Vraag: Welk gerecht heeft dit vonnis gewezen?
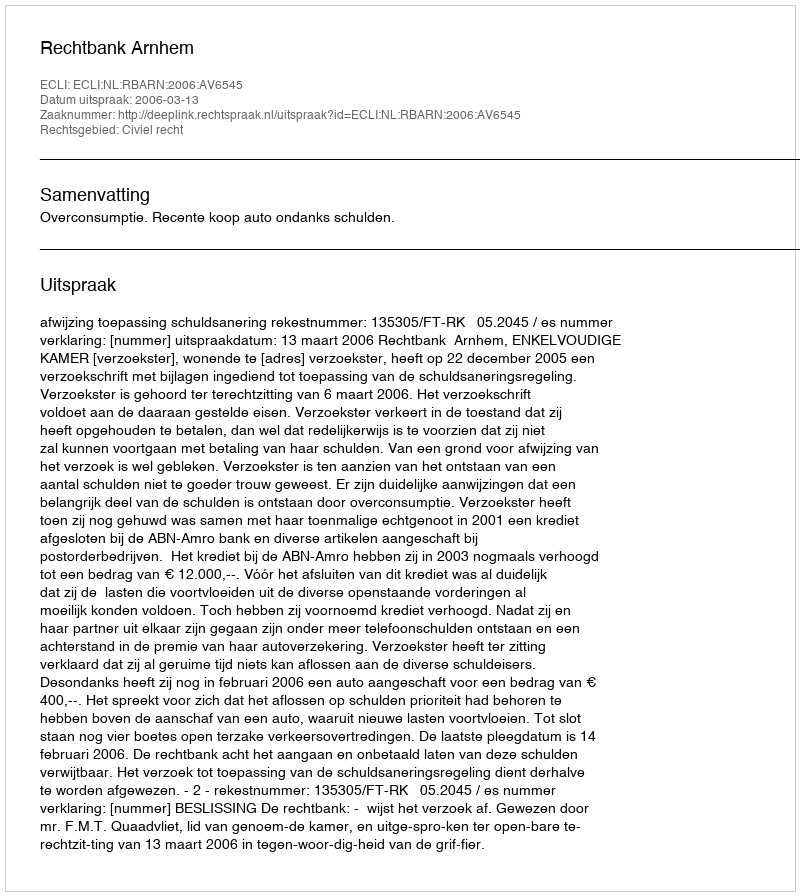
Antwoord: Rechtbank Arnhem